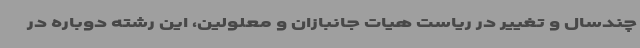
چندسال و تغییر در ریاست هیات جانبازان و معلولین، این رشته دوباره در